Indian journal of veterinary science and animal husbandry - Volume 13,
Year: 1943
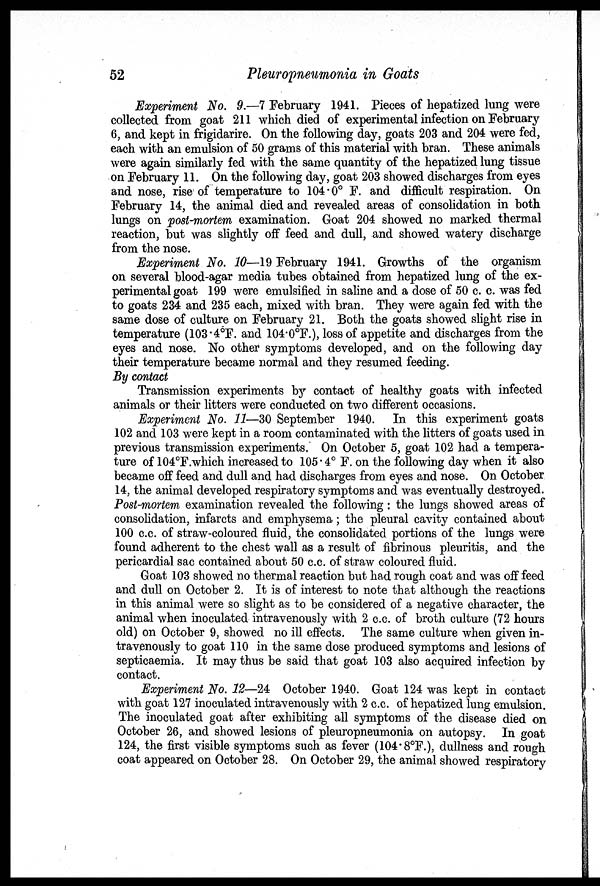
52
Pleuropneumonia in Goats
Experiment No. 9.—7 February 1941. Pieces of hepatized lung were
collected from goat 211 which died of experimental infection on February
6, and kept in frigidarire. On the following day, goats 203 and 204 were fed,
each with an emulsion of 50 grams of this material with bran. These animals
were again similarly fed with the same quantity of the hepatized lung tissue
on February 11. On the following day, goat 203 showed discharges from eyes
and nose, rise of temperature to 104.0° F. and difficult respiration. On
February 14, the animal died and revealed areas of consolidation in both
lungs on post-mortem examination. Goat 204 showed no marked thermal
reaction, but was slightly off feed and dull, and showed watery discharge
from the nose.
Experiment No. 10—19 February 1941. Growths of the organism
on several blood-agar media tubes obtained from hepatized lung of the ex-
perimental goat 199 were emulsified in saline and a dose of 50 c. c. was fed
to goats 234 and 235 each, mixed with bran. They were again fed with the
same dose of culture on February 21. Both the goats showed slight rise in
temperature (103.4°F. and 104.0°F.), loss of appetite and discharges from the
eyes and nose. No other symptoms developed, and on the following day
their temperature became normal and they resumed feeding.
By contact
Transmission experiments by contact of healthy goats with infected
animals or their litters were conducted on two different occasions.
Experiment No. 11—30 September 1940. In this experiment goats
102 and 103 were kept in a room contaminated with the litters of goats used in
previous transmission experiments. On October 5, goat 102 had a tempera-
ture of 104°F.which increased to 105 . 4° F. on the following day when it also
became off feed and dull and had discharges from eyes and nose. On October
14, the animal developed respiratory symptoms and was eventually destroyed.
Post-mortem examination revealed the following: the lungs showed areas of
consolidation, infarcts and emphysema; the pleural cavity contained about
100 c.c. of straw-coloured fluid, the consolidated portions of the lungs were
found adherent to the chest wall as a result of fibrinous pleuritis, and the
pericardial sac contained about 50 c.c. of straw coloured fluid.
Goat 103 showed no thermal reaction but had rough coat and was off feed
and dull on October 2. It is of interest to note that although the reactions
in this animal were so slight as to be considered of a negative character, the
animal when inoculated intravenously with 2 c.c. of broth culture (72 hours
old) on October 9, showed no ill effects. The same culture when given in-
travenously to goat 110 in the same dose produced symptoms and lesions of
septicaemia. It may thus be said that goat 103 also acquired infection by
contact.
Experiment No. 12—24 October 1940. Goat 124 was kept in contact
with goat 127 inoculated intravenously with 2 c.c. of hepatized lung emulsion.
The inoculated goat after exhibiting all symptoms of the disease died on
October 26, and showed lesions of pleuropneumonia on autopsy. In goat
124, the first visible symptoms such as fever (104. 8°F.), dullness and rough
coat appeared on October 28. On October 29, the animal showed respiratory